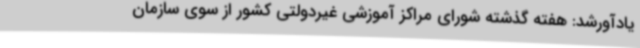
یادآورشد: هفته گذشته شورای مراکز آموزشی غیردولتی کشور از سوی سازمان